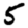
Digit: 5